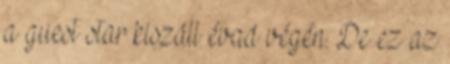
a guest star kiszáll évad végén. De ez az